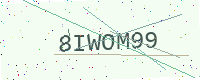
Text: 8IWOM99